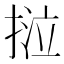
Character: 𢯛